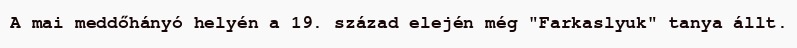
A mai meddőhányó helyén a 19. század elején még "Farkaslyuk" tanya állt.